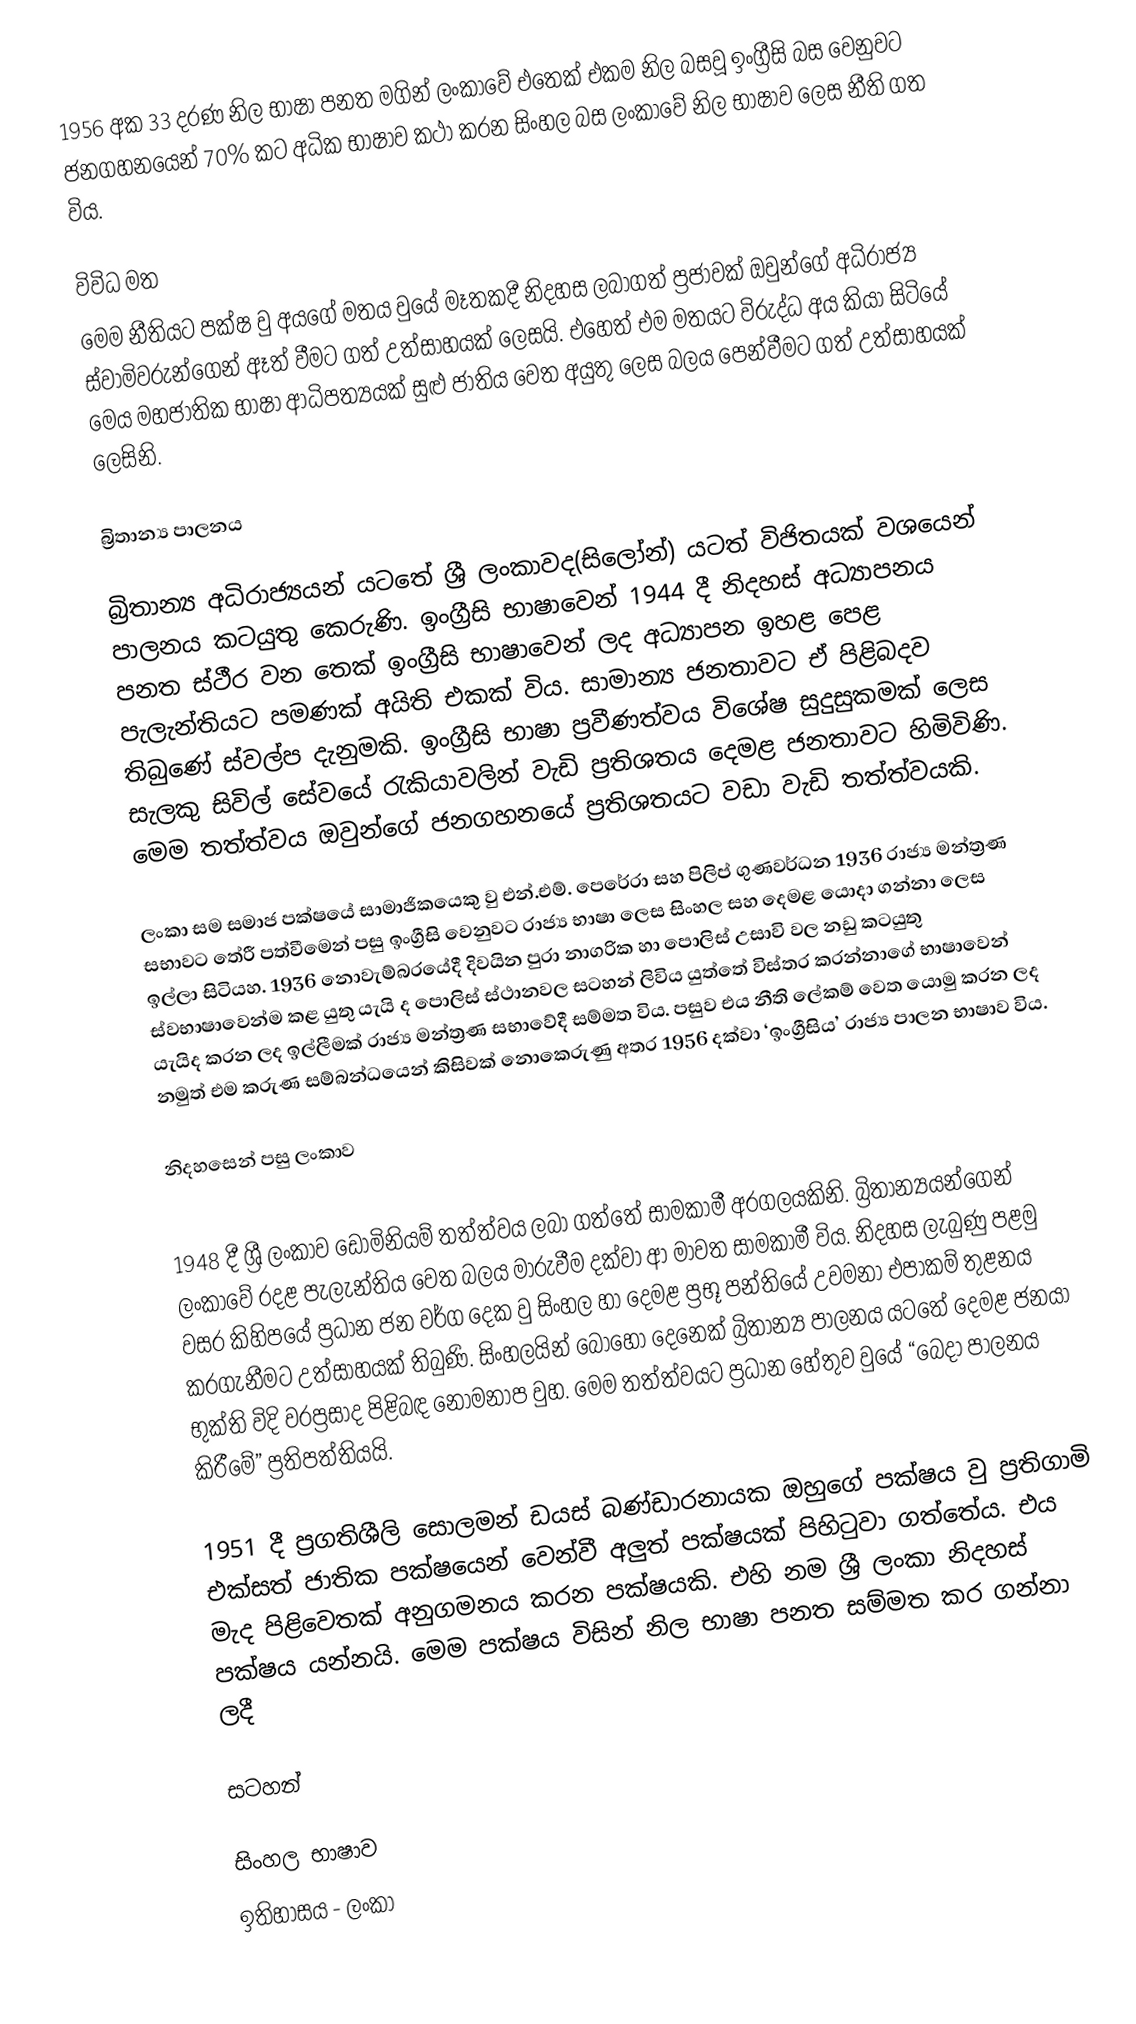
1956 අක 33 දරණ නිල භාෂා පනත මගින් ලංකාවේ එතෙක් එකම නිල බසවූ ඉංග්‍රීසි බස වෙනුවට ජනගහනයෙන් 70% කට අධික භාෂාව කථා කරන සිංහල බස ලංකාවේ නිල භාෂාව ලෙස නීති ගත විය.

විවිධ මත
මෙම නීතියට පක්ෂ වු අයගේ මතය වුයේ මෑතකදී නිදහස ලබාගත් ප්‍රජාවක් ඔවුන්ගේ අධිරාජ්‍ය ස්වාමිවරුන්ගෙන් ඈත් වීමට ගත් උත්සාහයක් ලෙසයි. එහෙත් එම මතයට විරුද්ධ අය කියා සිටියේ මෙය මහජාතික භාෂා ආධිපත්‍යයක් සුළු ජාතිය වෙත අයුතු ලෙස බලය පෙන්වීමට ගත් උත්සාහයක් ලෙසිනි.

බ්‍රිතාන්‍ය පාලනය

බ්‍රිතාන්‍ය අධිරාජ්‍යයන් යටතේ ශ්‍රී ලංකාවද(සිලෝන්) යටත් විජිතයක් වශයෙන් පාලනය කටයුතු කෙරුණි. ඉංග්‍රීසි භාෂාවෙන් 1944 දී නිදහස් අධ්‍යාපනය පනත ස්ථීර වන තෙක් ඉංග්‍රීසි භාෂාවෙන් ලද අධ්‍යාපන ඉහළ පෙළ පැලැන්තියට පමණක් අයිති එකක් විය. සාමාන්‍ය ජනතාවට ඒ පිළිබදව තිබුණේ ස්වල්ප දැනුමකි. ඉංග්‍රීසි භාෂා ප්‍රවීණත්වය විශේෂ සුදුසුකමක් ලෙස සැලකු සිවිල් සේවයේ රැකියාවලින් වැඩි ප්‍රතිශතය දෙමළ ජනතාවට හිමිවිණි. මෙම තත්ත්වය ඔවුන්ගේ ජනගහනයේ ප්‍රතිශතයට වඩා වැඩි තත්ත්වයකි.

ලංකා සම සමාජ පක්ෂයේ සාමාජිකයෙකු වු එන්.එම්. පෙරේරා සහ පිලිප් ගුණවර්ධන 1936 රාජ්‍ය මන්ත්‍රණ සභාවට තේරී පත්වීමෙන් පසු ඉංග්‍රීසි වෙනුවට රාජ්‍ය භාෂා ලෙස සිංහල සහ දෙමළ යොදා ගන්නා ලෙස ඉල්ලා සිටියහ. 1936 නොවැම්බරයේදී දිවයින පුරා නාගරික හා පොලිස් උසාවි වල නඩු කටයුතු ස්වභාෂාවෙන්ම කළ යුතු යැයි ද පොලිස් ස්ථානවල සටහන් ලිවිය යුත්තේ විස්තර කරන්නාගේ භාෂාවෙන් යැයිද කරන ලද ඉල්ලීමක් රාජ්‍ය මන්ත්‍රණ සභාවේදී සම්මත විය. පසුව එය නීති ලේකම් වෙත යොමු කරන ලද නමුත් එම කරුණ සම්බන්ධයෙන් කිසිවක් නොකෙරුණු අතර 1956 දක්වා ‘ඉංග්‍රීසිය’ රාජ්‍ය පාලන භාෂාව විය.

නිදහසෙන් පසු ලංකාව

1948 දී ශ්‍රී ලංකාව ඩොමිනියම් තත්ත්වය ලබා ගත්තේ සාමකාමී අරගලයකිනි. බ්‍රිතාන්‍යයන්ගෙන් ලංකාවේ රදළ පැලැන්තිය වෙත බලය මාරුවීම දක්වා ආ මාවත සාමකාමී විය. නිදහස ලැබුණු පළමු වසර කිහිපයේ ප්‍රධාන ජන වර්ග දෙක වු සිංහල හා දෙමළ ප්‍රභූ පන්තියේ උවමනා එපාකම් තුළනය කරගැනීමට උත්සාහයක් තිබුණි. සිංහලයින් බොහෝ දෙනෙක් බ්‍රිතාන්‍ය පාලනය යටතේ දෙමළ ජනයා භුක්ති විදි වරප්‍රසාද පිළිබඳ නොමනාප වුහ. මෙම තත්ත්වයට ප්‍රධාන හේතුව වුයේ “බෙදා පාලනය කිරීමේ” ප්‍රතිපත්තියයි.

1951 දී ප්‍රගතිශීලි සොලමන් ඩයස් බණ්ඩාරනායක ඔහුගේ පක්ෂය වු ප්‍රතිගාමි එක්සත් ජාතික පක්ෂයෙන් වෙන්වී අලුත් පක්ෂයක් පිහිටුවා ගත්තේය. එය මැද පිළිවෙතක් අනුගමනය කරන පක්ෂයකි. එහි නම ශ්‍රී ලංකා නිදහස් පක්ෂය යන්නයි. මෙම පක්ෂය විසින් නිල භාෂා පනත සම්මත කර ගන්නා ලදී

සටහන්

සිංහල භාෂාව
ඉතිහාසය - ලංකා